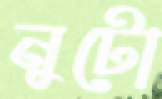
নুটো